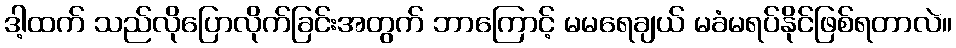
ဒါ့ထက် သည်လိုပြောလိုက်ခြင်းအတွက် ဘာကြောင့် မမရေချယ် မခံမရပ်နိုင်ဖြစ်ရတာလဲ။